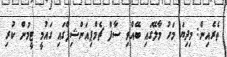
ތެރެއިން: މިދިޔަ މަހު މާލޭގައި ބޭއްވި ސާފް ޗެމްޕިއަންޝިޕްގައި ގައުމީ ޓީމުން ކުރި